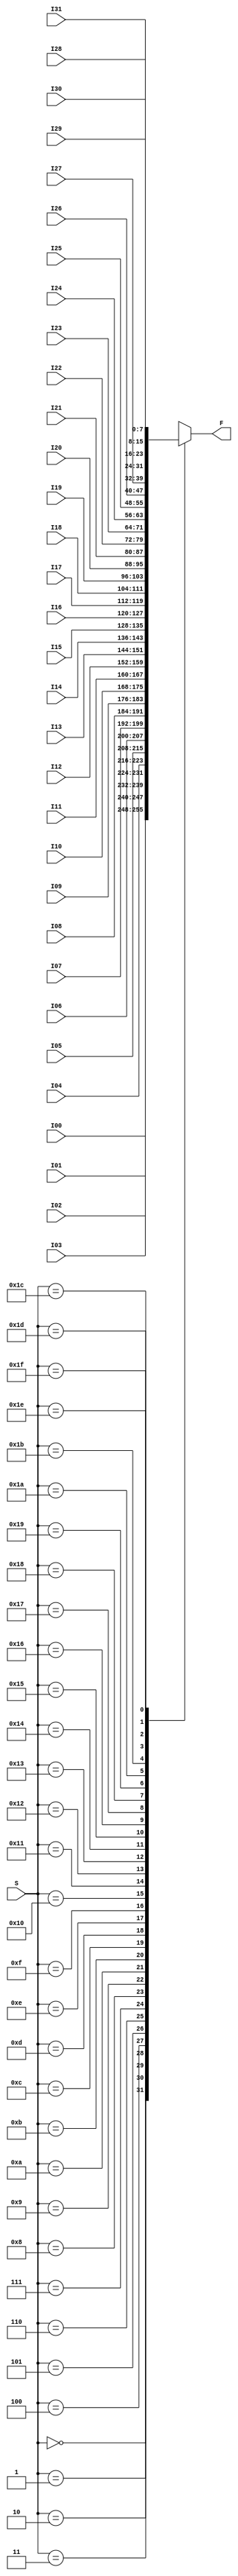
module Mux32to1Nbit(F, S, I00, I01, I02, I03, I04, I05, I06, I07, I08, I09, 
								  I10, I11, I12, I13, I14, I15, I16, I17, I18, I19, 
								  I20, I21, I22, I23, I24, I25, I26, I27, I28, I29, 
								  I30, I31);
				parameter N = 8;
				input [4:0]S; //select
				input [N-1:0] I00, I01, I02, I03, I04, I05, I06, I07, I08, I09, 
								  I10, I11, I12, I13, I14, I15, I16, I17, I18, I19, 
								  I20, I21, I22, I23, I24, I25, I26, I27, I28, I29, 
								  I30, I31;
				output reg [N-1:0]F;
				
				always @(*) begin
							case(S)
										5'b00000: F <= I00;
										5'b00001: F <= I01;
										5'b00010: F <= I02;
										5'b00011: F <= I03;
										5'b00100: F <= I04;
										5'b00101: F <= I05;
										5'b00110: F <= I06;
										5'b00111: F <= I07;
										5'b01000: F <= I08;
										5'b01001: F <= I09;
										5'b01010: F <= I10;
										5'b01011: F <= I11;
										5'b01100: F <= I12;
										5'b01101: F <= I13;
										5'b01110: F <= I14;
										5'b01111: F <= I15;
										5'b10000: F <= I16;
										5'b10001: F <= I17;
										5'b10010: F <= I18;
										5'b10011: F <= I19;
										5'b10100: F <= I20;
										5'b10101: F <= I21;
										5'b10110: F <= I22;
										5'b10111: F <= I23;
										5'b11000: F <= I24;
										5'b11001: F <= I25;
										5'b11010: F <= I26;
										5'b11011: F <= I27;
										5'b11100: F <= I28;
										5'b11101: F <= I29;
										5'b11110: F <= I30;
										5'b11111: F <= I31;
							endcase
			end
endmodule